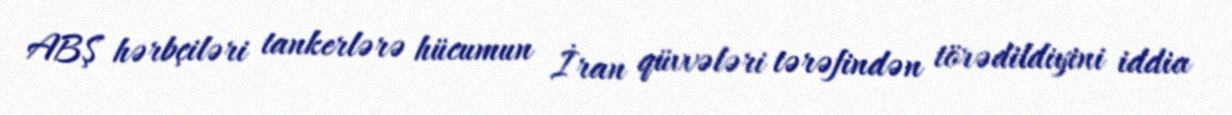
ABŞ hərbçiləri tankerlərə hücumun İran qüvvələri tərəfindən törədildiyini iddia